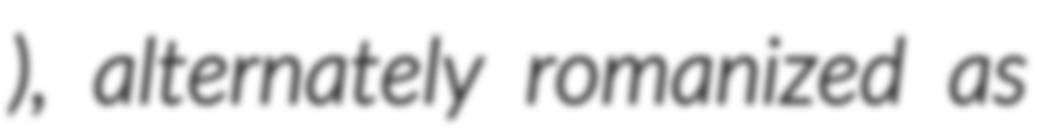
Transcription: ), alternately romanized as